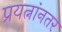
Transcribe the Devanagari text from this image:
प्रयत्नांनतर